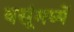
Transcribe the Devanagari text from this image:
वसूंमध्यें